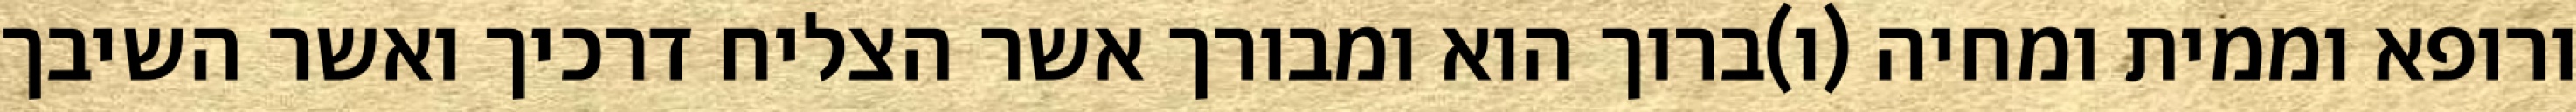
ורופא וממית ומחיה (ו)ברוך הוא ומבורך אשר הצליח דרכיך ואשר השיבך